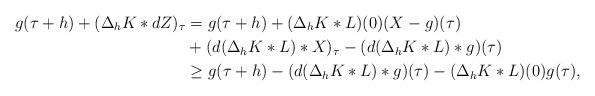
LaTeX: \begin{align*}g(\tau +h) + (\Delta_h K * dZ)_\tau &= g(\tau +h) + (\Delta_h K * L)(0)(X - g)(\tau) \\&+ (d(\Delta_h K * L) * X)_{\tau} - (d(\Delta_h K * L) *g) (\tau)\\&\geq g(\tau+h) - (d(\Delta_hK*L)*g)(\tau) - (\Delta_hK * L)(0) g(\tau),\end{align*}